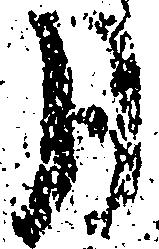
月